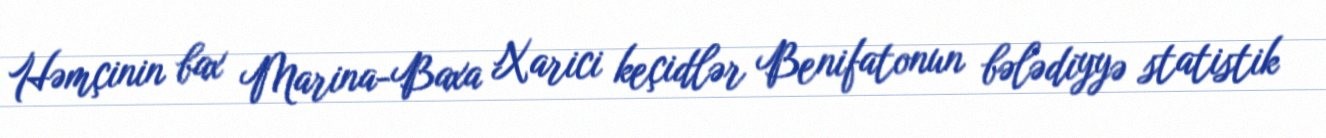
Həmçinin bax Marina-Baxa Xarici keçidlər Benifatonun bələdiyyə statistik